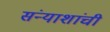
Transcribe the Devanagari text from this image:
संन्याशांची